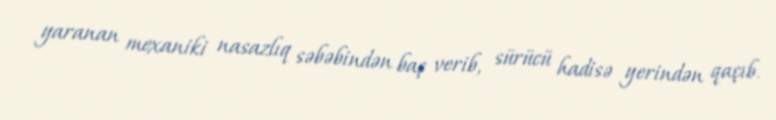
yaranan mexaniki nasazlıq səbəbindən baş verib, sürücü hadisə yerindən qaçıb.